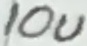
Text: 10u